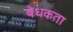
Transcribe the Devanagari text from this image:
बेधकता